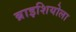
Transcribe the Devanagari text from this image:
ब्राइशियोला